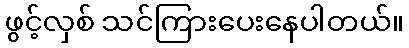
ဖွင့်လှစ် သင်ကြားပေးနေပါတယ်။